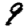
Digit: 9